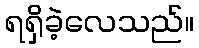
ရရှိခဲ့လေသည်။